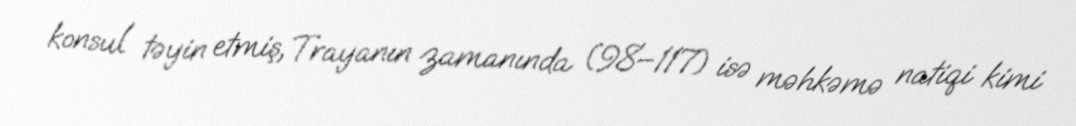
konsul təyin etmiş, Trayanın zamanında (98–117) isə məhkəmə natiqi kimi